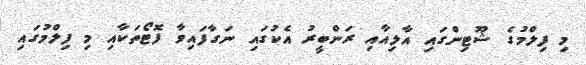
މި ފިލްމުގެ ޝޫޓިންގައި އާލިއާއި ރަންބީރު އެކުގައި ނަގާފައިވާ ފޮޓޯތަކާއި މި ފިލްމުގައި